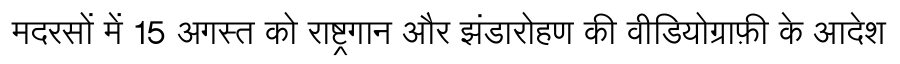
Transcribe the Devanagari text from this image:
मदरसों में 15 अगस्त को राष्ट्रगान और झंडारोहण की वीडियोग्राफ़ी के आदेश